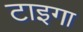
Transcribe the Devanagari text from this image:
टाइगा